Civil Veterinary Department. United Provinces 1932-42 - 1932-1942
Year: 1932
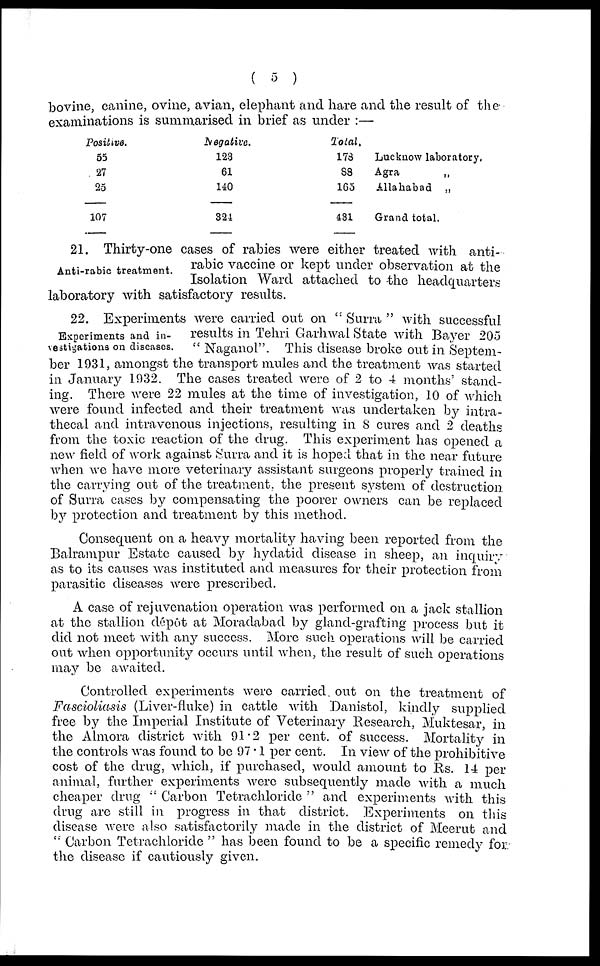
( 5 )
bovine, canine, ovine, avian, elephant and hare and the result of the
examinations is summarised in brief as under :—
Positive.
55
27
25
107
Negative.
123
61
140
321
Total,
173
S8
165
431
Lucknow laboratory,
Agra
„
Allahabad „
Grand total.
Anti-rabic treatment.
21. Thirty-one cases of rabies were either treated with anti-
rabic vaccine or kept under observation at the
Isolation Ward attached to -the headquarters
laboratory with satisfactory results.
Experiments and in-
vestigations on diseases.
22. Experiments were carried out on " Surra " with successful
results in Tehri Garhwal State with Bayer 205
" Naganol ". This disease broke out in Septem-
ber 1931, amongst the transport mules and the treatment was started
in January 1932. The cases treated were of 2 to 4 months' stand-
ing. There were 22 mules at the time of investigation, 10 of which
were found infected and their treatment was undertaken by intra-
thecal and intravenous injections, resulting in 8 cures and 2 deaths
from the toxic reaction of the drug. This experiment has opened a
new field of work against Surra and it is hoped that in the near future
when Ave have more veterinary assistant surgeons properly trained in
the carrying out of the treatment, the present system of destruction
of Surra cases by compensating the poorer owners can be replaced
by protection and treatment by this method.
Consequent on a heavy mortality having been reported from the
Balrampur Estate caused by hydatid disease in sheep, an inquiry
as to its causes was instituted and measures for their protection from
parasitic diseases were prescribed.
A case of rejuvenation operation was performed on a jack stallion
at the stallion dépôt at Moradabad by gland-grafting process but it
did not meet with any success. More such operations will be carried
out when opportunity occurs until when, the result of such operations
may be awaited.
Controlled experiments were carried out on the treatment of
Fascioliasis (Liver-fluke) in cattle with Danistol, kindly supplied
free by the Imperial Institute of Veterinary Research, Muktesar, in
the Almora district with 91.2 per cent. of success. Mortality in
the controls was found to be 97.1 per cent. In view of the prohibitive
cost of the drug, which, if purchased, would amount to Rs. 14 per
animal, further experiments were subsequently made with a much
cheaper drug " Carbon Tetrachloride " and experiments with this
drug are still in progress in that district. Experiments on this
disease were also satisfactorily made in the district of Meerut and
'" Carbon Tetrachloride " has been found to be a specific remedy for
the disease if cautiously given.